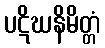
ပဋိဃနိမိတ္တံ